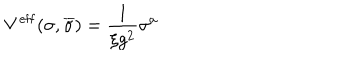
V ^ { \mathrm { e f f } } ( \sigma , \overline { { { \sigma } } } ) = \frac { 1 } { \xi g ^ { 2 } } \sigma ^ { a }